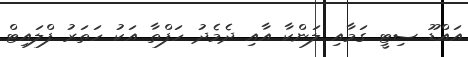
އައްޑޫ ސިޓީ ގަމާއި ލަންކާ އާއި ދެމެދު ހަފްތާ އަކު ހަތަރު ފްލައިޓް